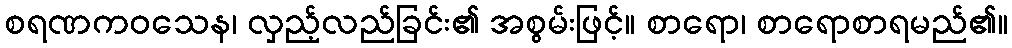
စရဏကဝသေန၊ လှည့်လည်ခြင်း၏ အစွမ်းဖြင့်။ စာရော၊ စာရောစာရမည်၏။